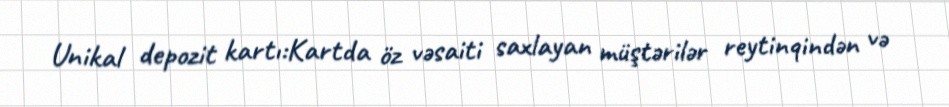
Unikal depozit kartı:Kartda öz vəsaiti saxlayan müştərilər reytinqindən və